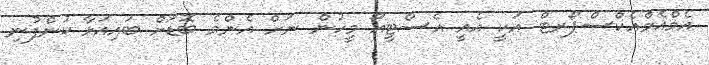
އެމްއެމްއެކްސްޕޯރޓް އަކީ އެއީ އެސްޓީއޯ މީހުން ނަށް އެންމެ ބޮޑަށް ބައިއަޅާ ކުންފުނި